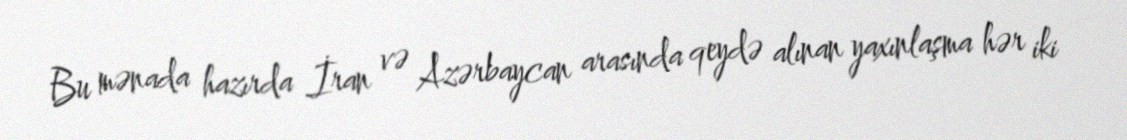
Bu mənada hazırda İran və Azərbaycan arasında qeydə alınan yaxınlaşma hər iki